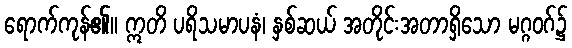
ရောက်ကုန်၏။ ဣတိ ပရိသမာပနံ၊ နှစ်ဆယ် အတိုင်းအတာရှိသော မဂ္ဂဝဂ်၌